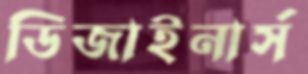
ডিজাইনার্স